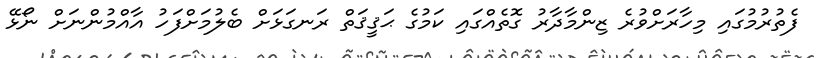
ފެތުރުމުގައި މިހާރަށްވުރެ ޒިންމާދާރު ގޮތެއްގައި ކަމުގެ ޙަޤީޤަތް ރަނގަޅަށް ބެލުމަށްފަހު އާއްމުންނަށް ނޯޅޭ